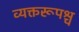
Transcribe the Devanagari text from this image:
व्यक्तरूपश्च